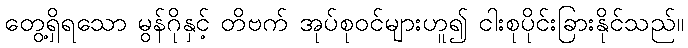
တွေ့ရှိရသော မွန်ဂိုနှင့် တိဗက် အုပ်စုဝင်များဟူ၍ ငါးစုပိုင်းခြားနိုင်သည်။